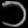
Digit: ၁